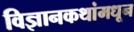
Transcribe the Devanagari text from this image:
विज्ञानकथांमधून